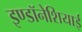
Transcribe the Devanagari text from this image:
इण्डॉनेशियाई